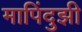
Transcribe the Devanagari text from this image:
मापिंदुझी